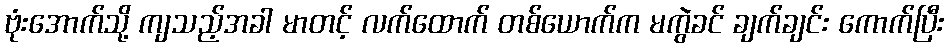
ဗုံးအောက်သို့ ကျသည့်အခါ မာတင့် လက်ထောက် တစ်ယောက်က မကွဲခင် ချက်ချင်း ကောက်ပြီး